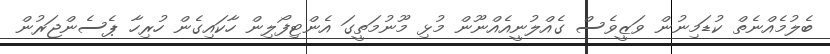
ބެލުމެއްނެތް ކުޑަމިނުން ވަޒީވެސް ގެއްލުނީއެއްނޫން މުޅި މޫނުމަތީގަ އެންޓިފޯލިން ހާކައިގެން ހުރިހާ ޕެސެންޖަރުން